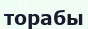
торабы